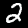
Digit: 2